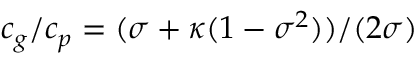
c _ { g } / c _ { p } = ( \sigma + \kappa ( 1 - \sigma ^ { 2 } ) ) / ( 2 \sigma )